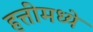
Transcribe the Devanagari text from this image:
हत्तींमध्ये